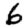
Digit: 6